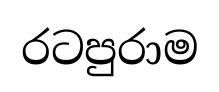
රටපුරාම